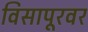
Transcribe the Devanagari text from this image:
विसापूरवर